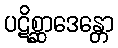
ပဋိစ္ဆာဒေန္တော